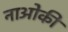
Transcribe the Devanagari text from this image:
नाओकी